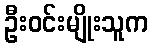
ဦးဝင်းမျိုးသူက